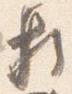
頼